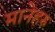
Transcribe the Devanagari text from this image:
मानेहरु